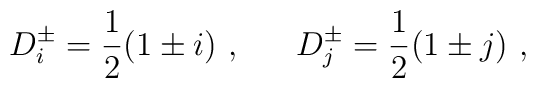
D^\pm_i = \frac{1}{2}(1 \pm i) ~, ~~~~~ D^\pm_j = \frac{1}{2}(1 \pm j) ~,